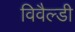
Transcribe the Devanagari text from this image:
विवैल्डी